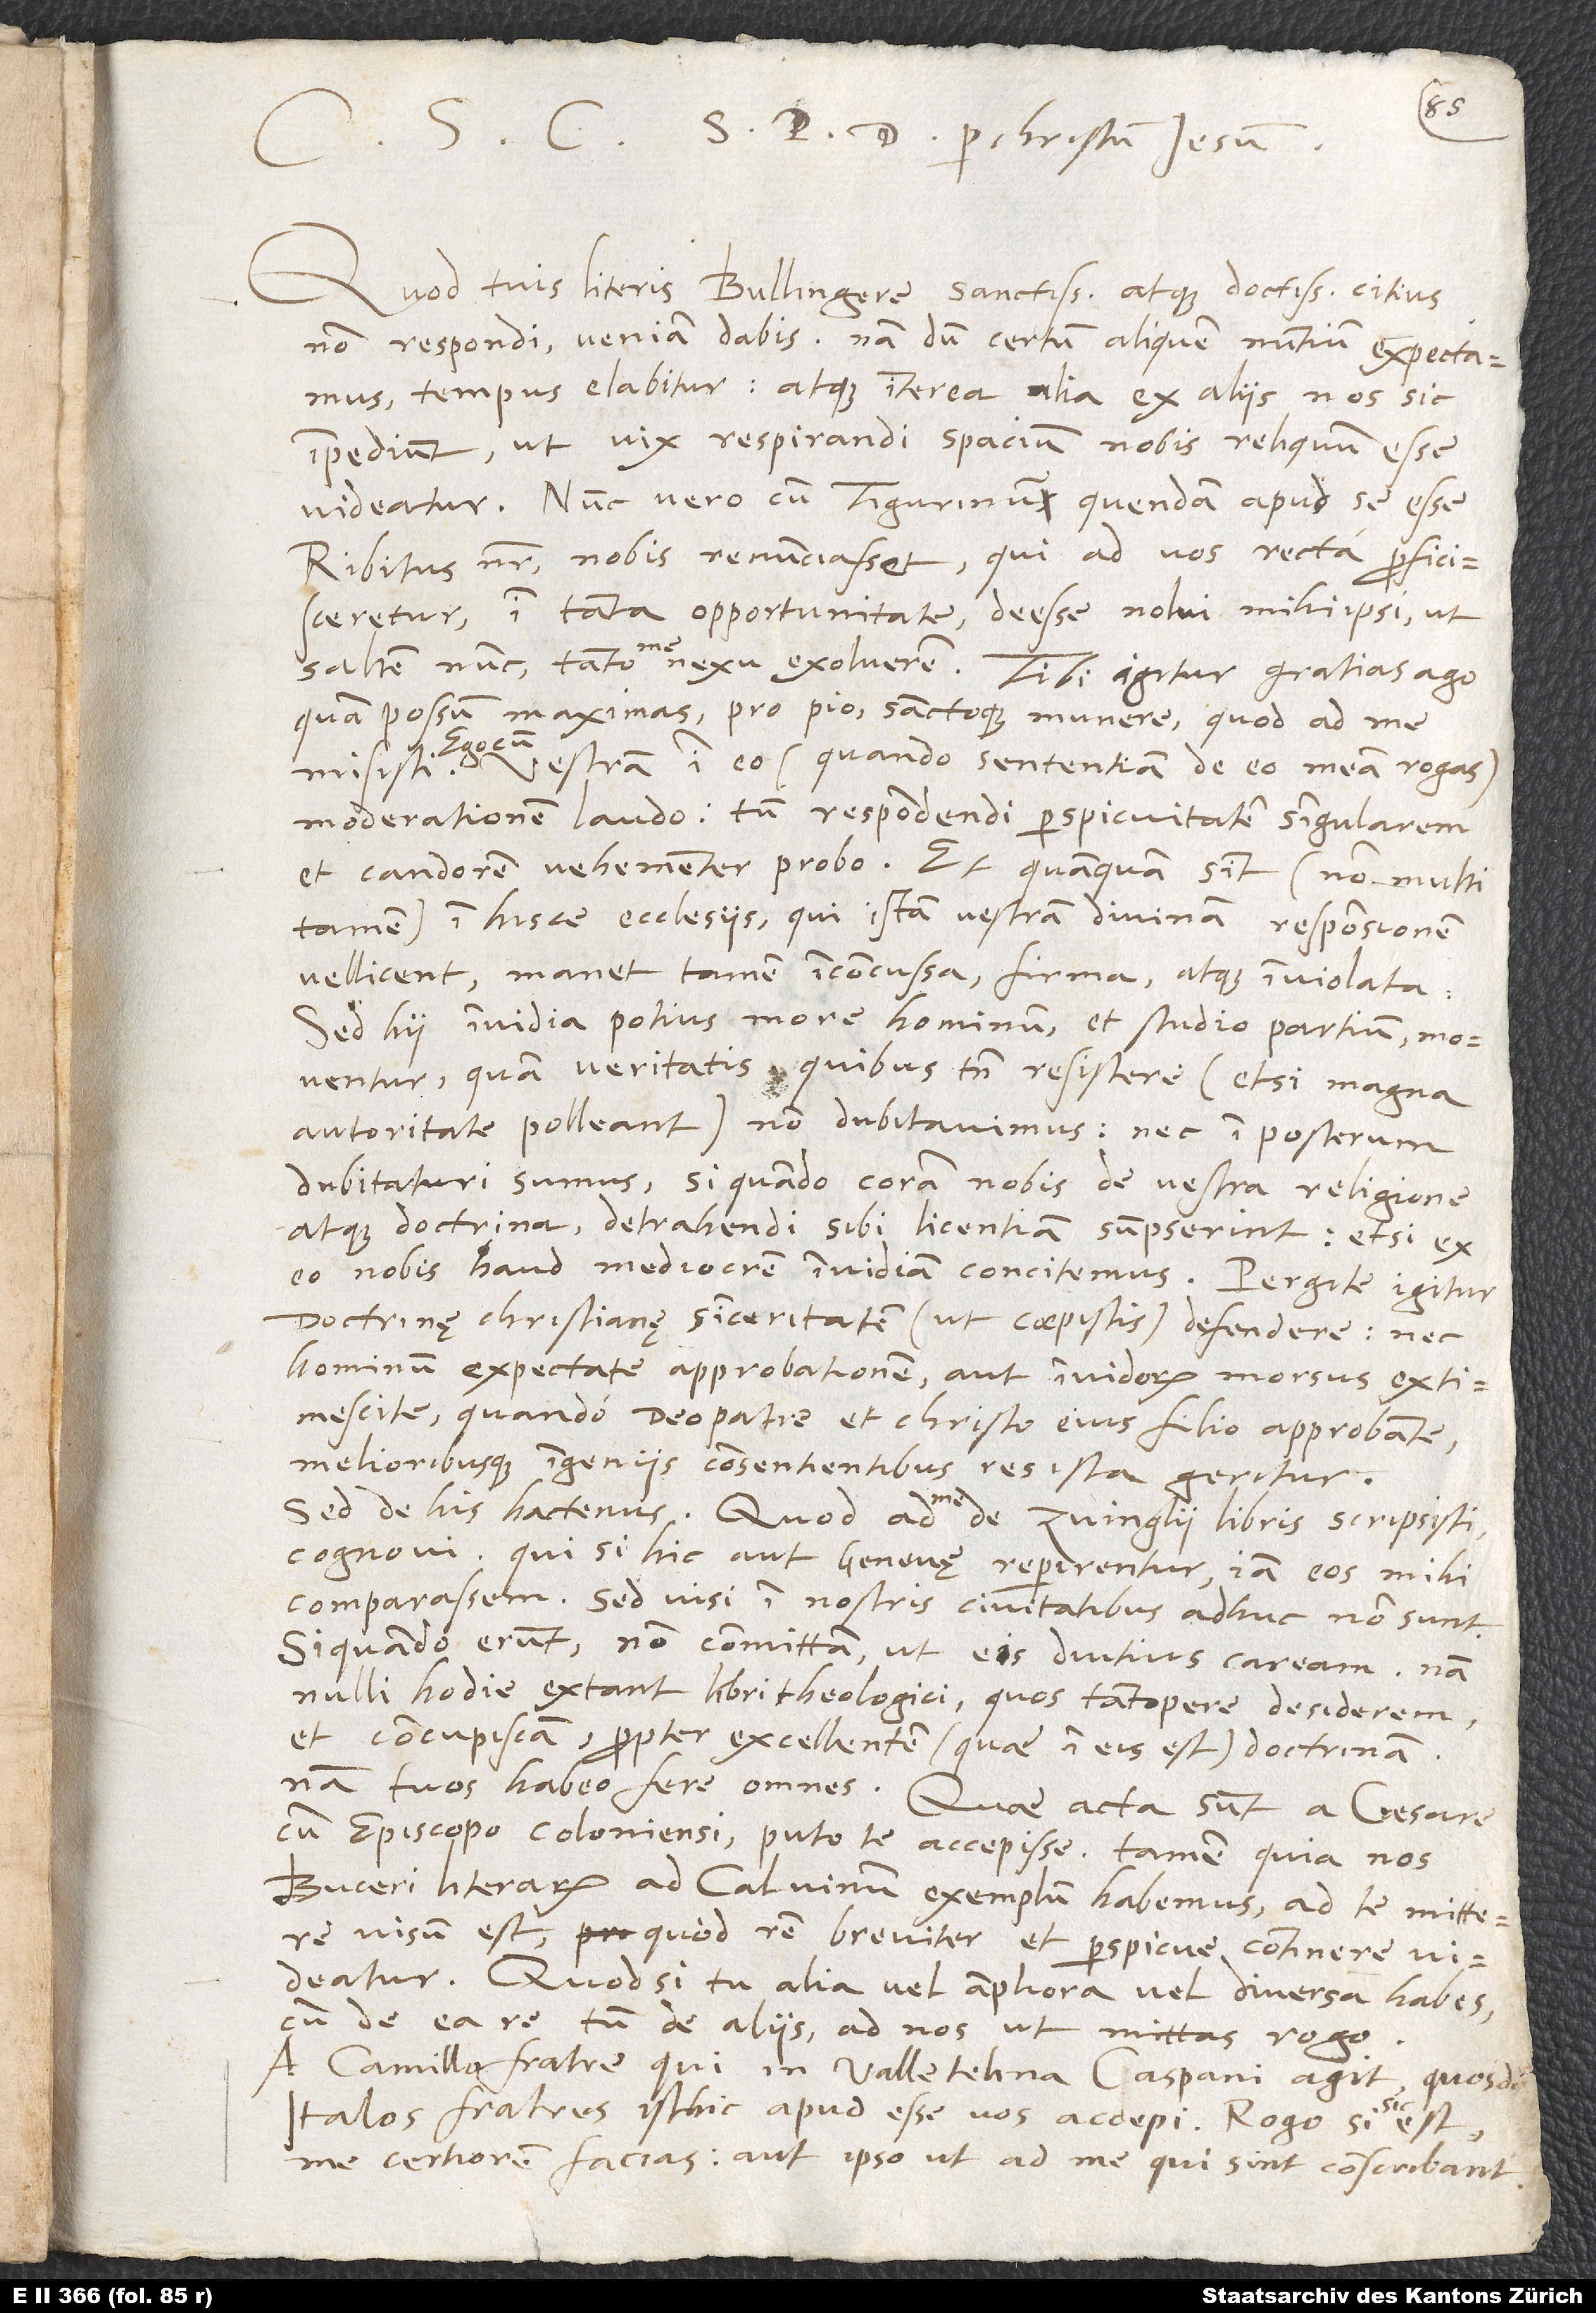
Quod tuis literis, Bullingere sanctissime atque doctissime, citius
non respondi, veniam dabis. Nam dum certum aliquem nuntium expectamus,
tempus elabitur, atque interea alia ex aliis nos sic
impediunt, ut vix respirandi spacium nobis reliquum esse
videatur. Nunc vero cum Tigurinum quendam apud se esse
Ribitus noster nobis renunciasset, qui ad vos recta proficisceretur,
in tanta opportunitate deesse nolui mihi ipsi, ut
saltem nunc tanto me nexu exolverem. Tibi igitur gratias ago,
quam possum, maximas pro pio sanctoque munere, quod ad me
misisti. Ego cum vestram in eo (quando sententiam de eo meam rogas)
moderationem laudo, tum respondendi perspicuitatem singularem
et candorem vehementer probo. Et quamquam sint (non multi
tamen) in hisce ecclesiis, qui istam vestram divinam responsionem
vellicent, manet tamen inconcussa, firma atque inviolata.
Sed hii invidia potius more hominum et studio partium moventur
quam veritatis, quibus tamen resistere (etsi magna
autoritate polleant) non dubitavimus, nec in posterum
dubitaturi sumus, si quando coram nobis de vestra religione
atque doctrina detrahendi sibi licentiam sumpserint, etsi ex
eo nobis haud mediocrem invidiam concitemus. Pergite igitur
doctrinę christianę sinceritatem (ut coepistis) defendere nec
hominum expectate approbationem aut invidorum morsus extimescite,
quando deo patre et Christo, eius filio, approbante
melioribusque ingeniis consentientibus ista res geritur.
Sed de his hactenus. Quod ad me de Zvinglii libris scripsisti,
cognovi; qui, si hic aut Genevę reperirentur, iam eos mihi
comparassem. Sed visi in nostris civitatibus adhuc non sunt.
Si quando erunt, non committam, ut eis diutius caream; nam
nulli hodie extant libri theologici, quos tantopere desiderem
et concupiscam propter excellentem (quae in eis est) doctrinam,
nam tuos habeo fere omnes. Quae acta sunt a caesare
cum episcopo Coloniensi, puto te accepisse. Tamen quia nos
Buceri literarum ad Calvinum exemplum habemus, ad te mittere
visum est, quod rem breviter et perspicue continere videatur.
Quodsi tu alia vel ampliora vel diversa habes
cum de ea re tum de aliis, ad nos ut mittas, rogo.
A Camillo fratre, qui in Valletelina Caspani agit, quosdam
Italos fratres isthic apud esse vos accepi. Rogo, si sic est,
me certiorem facias aut ipso, ut ad me, qui sint, conscribant.